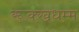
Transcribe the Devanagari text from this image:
रूक्खधम्म